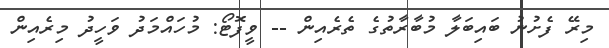
މިރޭ ފެށުނު ބައިބަލާ މުބާރާތުގެ ތެރެއިން -- ވީފޮޓޯ: މުހައްމަދު ވަހީދު މިރެއިން